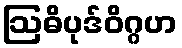
ဩဓိပုဒ်ဝိဂ္ဂဟ